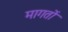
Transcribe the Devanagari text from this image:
मागतों